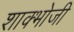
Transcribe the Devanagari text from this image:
शाक्भोजी